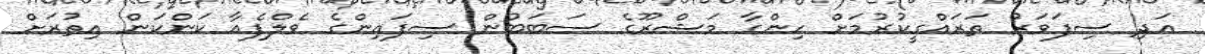
އަދި ސިފަވަރު ތަރައްގީކުރުމަށް ހިންގާ މަޝްރޫގެ ސަބަބުން ސިފައިންގެ ވެލްފެއާ ކަންކަން އިތުރަށް